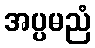
အပ္ပမညံ